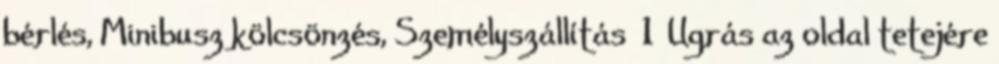
bérlés, Minibusz kölcsönzés, Személyszállítás 1 Ugrás az oldal tetejére